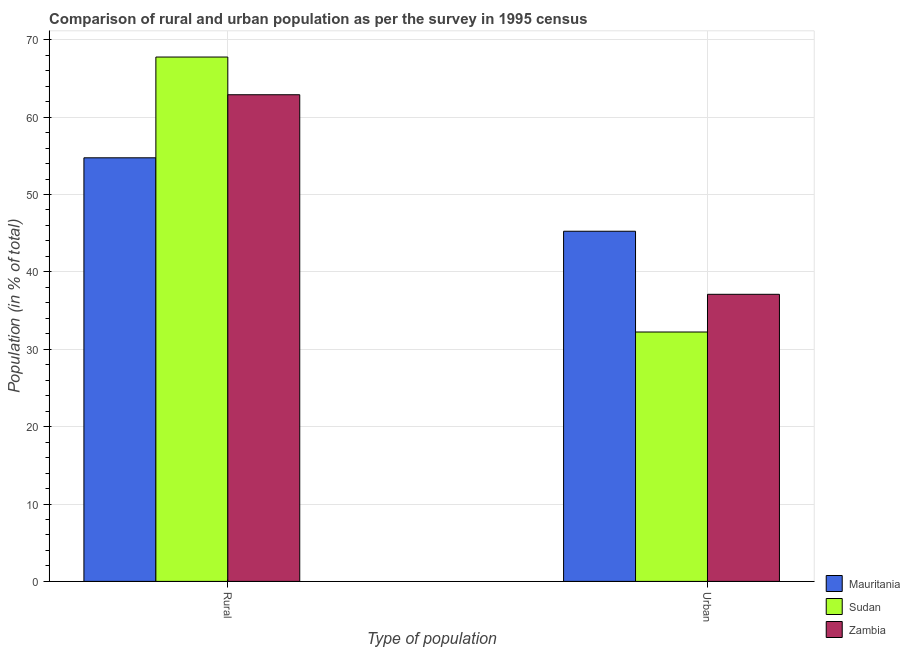
| Type of population | Mauritania | Sudan | Zambia |
 | --- | --- | --- | --- |
 | Rural | 54.7 | 67.8 | 62.9 |
 | Urban | 45.3 | 32.2 | 37.1 |